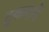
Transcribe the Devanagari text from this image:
ट्रुकमार्गे